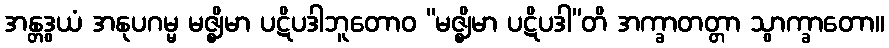
အန္တဒွယံ အနုပဂမ္မ မဇ္ဈိမာ ပဋိပဒါဘူတောဝ “မဇ္ဈိမာ ပဋိပဒါ”တိ အက္ခာတတ္တာ သွာက္ခာတော။